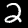
Digit: 2